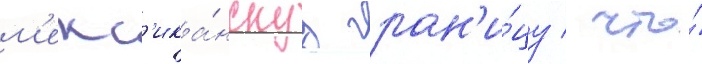
м'екс'ика́нскуу гран'и́цу / что́